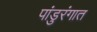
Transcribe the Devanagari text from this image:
पांडुरंगात